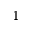
^ { 1 }